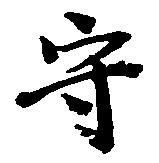
守